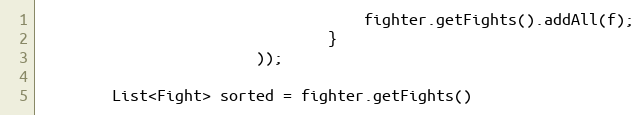
Language: Java
                                    fighter.getFights().addAll(f);
                                }
                        ));

        List<Fight> sorted = fighter.getFights()